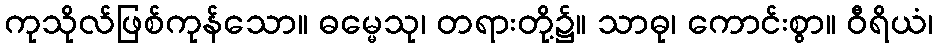
ကုသိုလ်ဖြစ်ကုန်သော။ ဓမ္မေသု၊ တရားတို့၌။ သာဓု၊ ကောင်းစွာ။ ဝီရိယံ၊